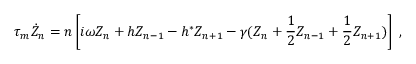
\tau _ { m } \dot { Z } _ { n } = n \left[ i \omega Z _ { n } + h Z _ { n - 1 } - h ^ { * } Z _ { n + 1 } - \gamma ( Z _ { n } + \frac { 1 } { 2 } Z _ { n - 1 } + \frac { 1 } { 2 } Z _ { n + 1 } ) \right] \; ,